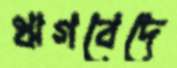
ঋগবেদে